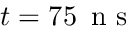
t = 7 5 \, \mathrm { ~ n ~ s ~ }